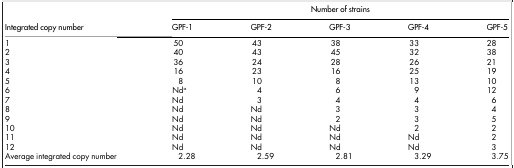
| <ROWSPAN=2> Integrated copy number | <COLSPAN=5> Number of strains |
 | GPF-1 | GPF-2 | GPF-3 | GPF-4 | GPF-5 |
 | --- | --- | --- | --- | --- | --- |
 | 1 | 50 | 43 | 38 | 33 | 28 |
 | 2 | 40 | 43 | 45 | 32 | 38 |
 | 3 | 36 | 24 | 28 | 26 | 21 |
 | 4 | 16 | 23 | 16 | 25 | 19 |
 | 5 | 8 | 10 | 8 | 13 | 10 |
 | 6 | Nda | 4 | 6 | 9 | 12 |
 | 7 | Nd | 3 | 4 | 4 | 6 |
 | 8 | Nd | Nd | 3 | 3 | 4 |
 | 9 | Nd | Nd | 2 | 3 | 5 |
 | 10 | Nd | Nd | Nd | 2 | 2 |
 | 11 | Nd | Nd | Nd | Nd | 2 |
 | 12 | Nd | Nd | Nd | Nd | 3 |
 | Average integrated copy number | 2.28 | 2.59 | 2.81 | 3.29 | 3.75 |